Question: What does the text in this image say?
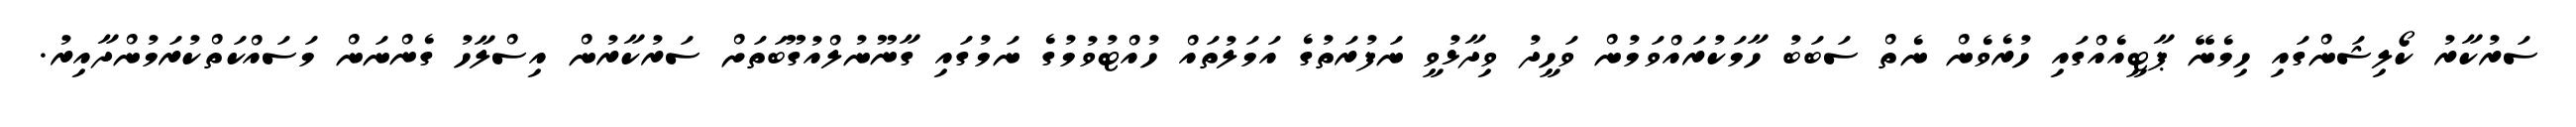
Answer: ސަރުކާރު ކޯލިޝަންގައި ހިމެނޭ ޕާޓީއެއްގައި ހުރެވެން ނެތް ސަބަބު ހާމަކުރައްވަމުން ވަހީދު ވިދާޅުވީ ނަފުރަތުގެ އަމަލުތައް ހުއްޓުވުމުގެ ނަމުގައި ގާނޫނުލްއުގޫބަތަށް ސަރުކާރުން އިސްލާހު ގެންނަން މަސައްކަތްކުރަމުންދާއިރު.